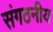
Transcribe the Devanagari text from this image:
संगठनीय